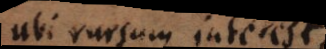
ubi rursum interest,